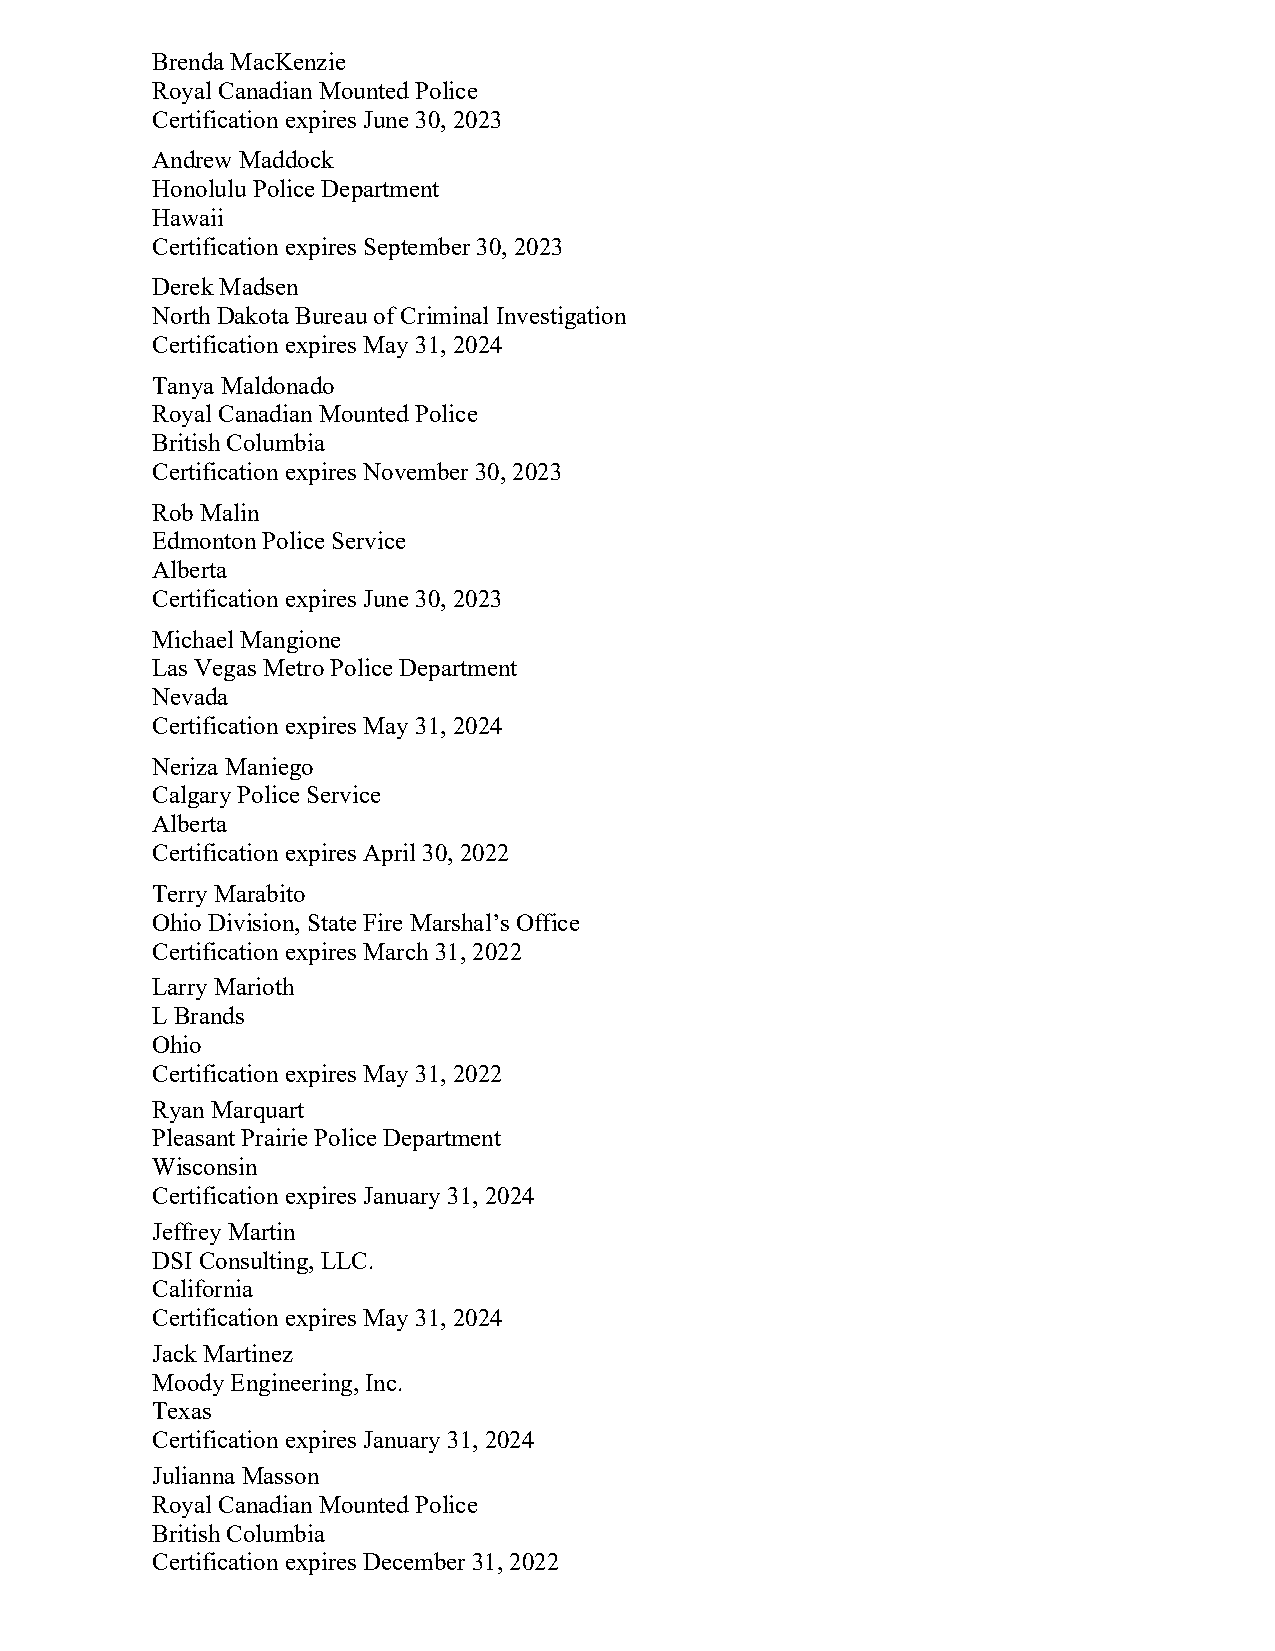
Brenda MacKenzie
 Royal Canadian Mounted Police
 Certification expires June 30, 2023
 Andrew Maddock
 Honolulu Police Department
 Hawaii
 Certification expires September 30, 2023
 Derek Madsen
 North Dakota Bureau of Criminal Investigation
 Certification expires May 31, 2024
 Tanya Maldonado
 Royal Canadian Mounted Police
 British Columbia
 Certification expires November 30, 2023
 Rob Malin
 Edmonton Police Service
 Alberta
 Certification expires June 30, 2023
 Michael Mangione
 Las Vegas Metro Police Department
 Nevada
 Certification expires May 31, 2024
 Neriza Maniego
 Calgary Police Service
 Alberta
 Certification expires April 30, 2022
 Terry Marabito
 Ohio Division, State Fire Marshal’s Office
 Certification expires March 31, 2022
 Larry Marioth
 L Brands
 Ohio
 Certification expires May 31, 2022
 Ryan Marquart
 Pleasant Prairie Police Department
 Wisconsin
 Certification expires January 31, 2024
 Jeffrey Martin
 DSI Consulting, LLC.
 California
 Certification expires May 31, 2024
 Jack Martinez
 Moody Engineering, Inc.
 Texas
 Certification expires January 31, 2024
 Julianna Masson
 Royal Canadian Mounted Police
 British Columbia
 Certification expires December 31, 2022